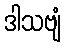
ဒါသဗျံ